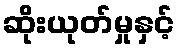
ဆိုးယုတ်မှုနှင့်